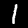
Label: 1